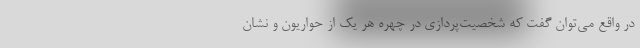
در واقع می‌توان گفت که شخصیت‌پردازی در چهره هر یک از حواریون و نشان